On the morphology, teratology, and diclinism of the flowers of cannabis - Number 12
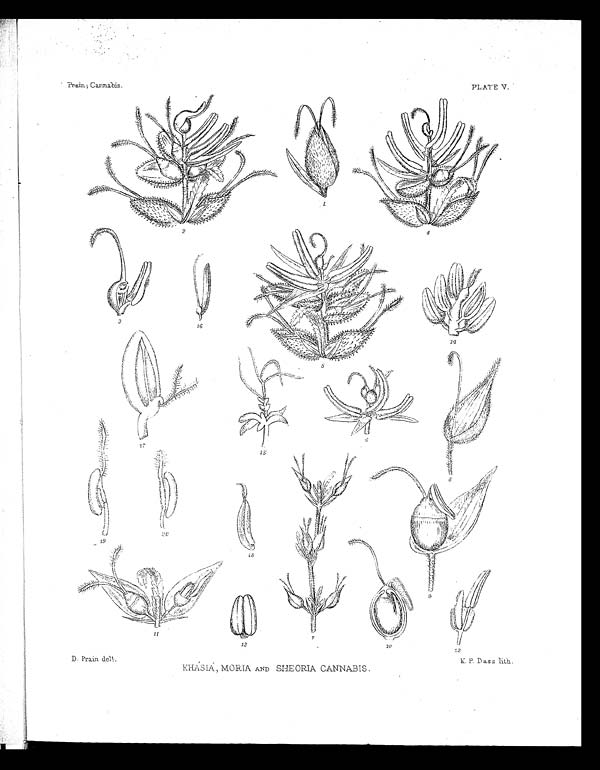
Prain; Cannabis.
PL ATE V.
D. Prain delt.
K H Á S I Á , M O R I A
A N D
S H E O R I A C A N N A B I S .
K. P. Dass lith.